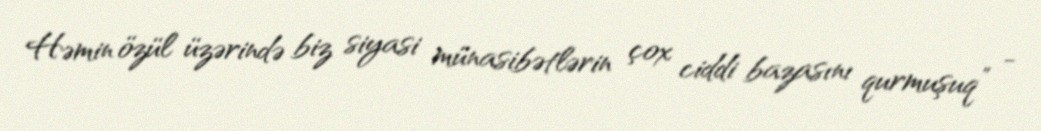
Həmin özül üzərində biz siyasi münasibətlərin çox ciddi bazasını qurmuşuq” -